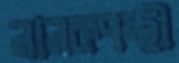
নানকপন্থী